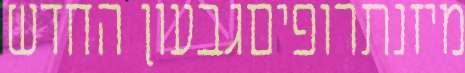
מיזנתרופיםגבעון החדש